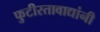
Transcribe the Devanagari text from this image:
फुटीरतावाद्यांनी